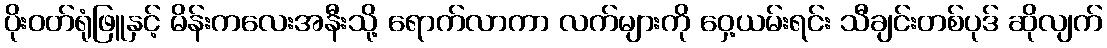
ပိုးဝတ်ရုံဖြူနှင့် မိန်းကလေးအနီးသို့ ရောက်လာကာ လက်များကို ဝှေ့ယမ်းရင်း သီချင်းတစ်ပုဒ် ဆိုလျက်